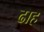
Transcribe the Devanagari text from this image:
ढाह